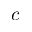
c